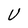
Character: U